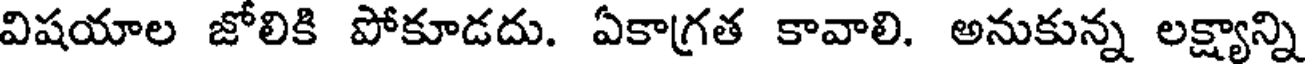
విషయాల జోలికి పోకూడదు. ఏకాగ్రత కావాలి. అనుకున్న లక్ష్యాన్ని